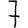
Digit: 7